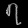
Digit: ၇